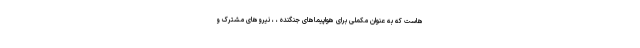
هاست که به عنوان مکملی برای هواپیماهای جنگنده ، ، نیروهای مشترک و